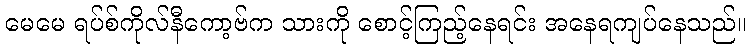
မေမေ ရပ်စ်ကိုလ်နီကော့ဗ်က သားကို စောင့်ကြည့်နေရင်း အနေရကျပ်နေသည်။